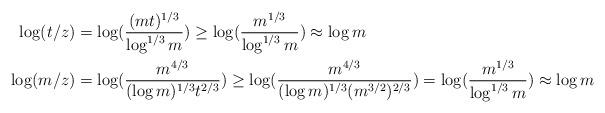
LaTeX: \begin{align*} \log(t/z) &= \log( \frac{(m t)^{1/3}}{\log^{1/3} m} ) \geq \log( \frac{m^{1/3}}{\log^{1/3} m} ) \approx \log m \\ \log(m/z) &= \log( \frac{m^{4/3}}{(\log m)^{1/3} t^{2/3}} ) \geq \log( \frac{m^{4/3}}{(\log m)^{1/3} (m^{3/2})^{2/3}} ) = \log( \frac{m^{1/3}}{\log^{1/3} m}) \approx \log m \end{align*}